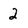
Character: 2